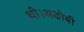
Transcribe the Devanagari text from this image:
थी।अडोबी